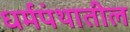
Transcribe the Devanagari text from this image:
धर्मपंथातील